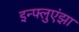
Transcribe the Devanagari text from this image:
इन्‍फ्लुएंझा